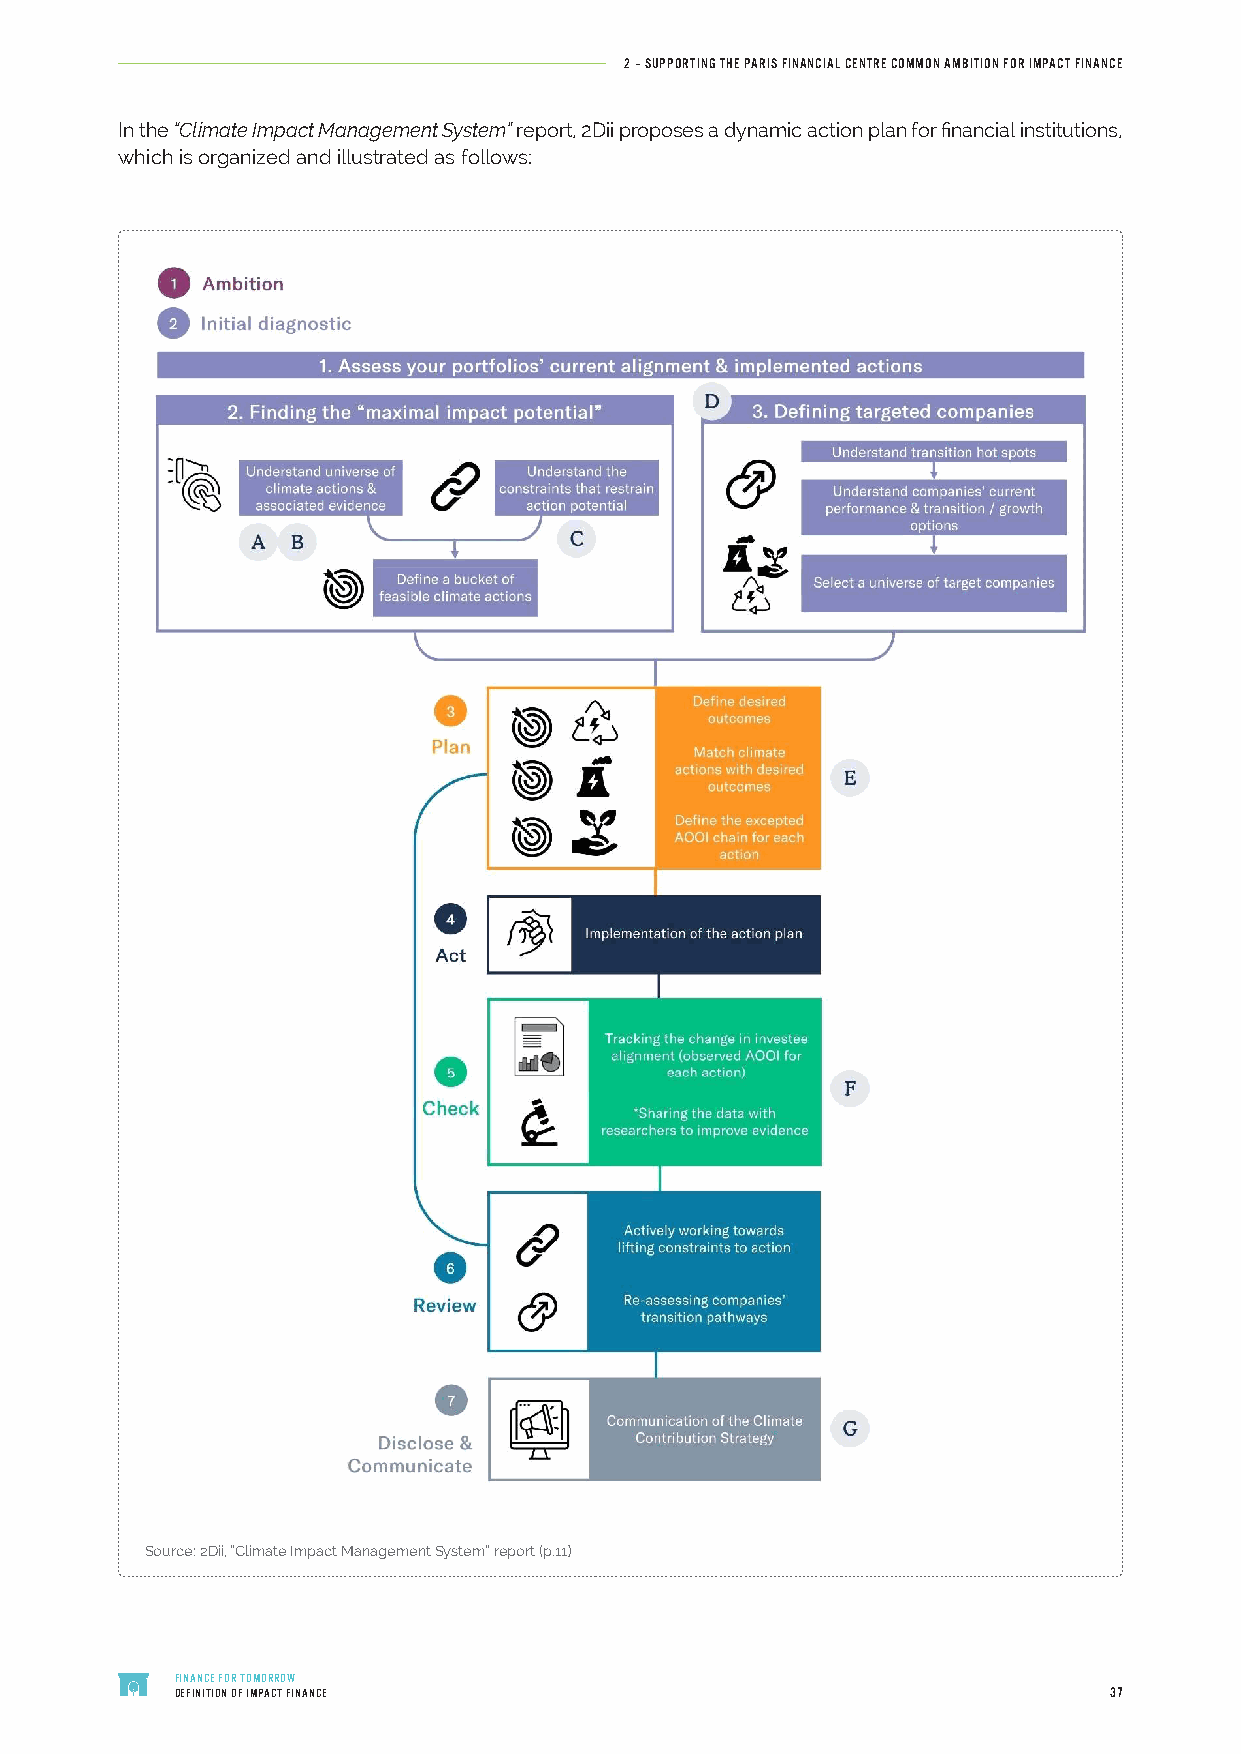
2 – SUPPORTING THE PARIS FINANCIAL CENTRE COMMON AMBITION FOR IMPACT FINANCE
 In the “Climate Impact Management System” report, 2Dii proposes a dynamic action plan for financial institutions,
 which is organized and illustrated as follows:
 Source: 2Dii, “Climate Impact Management System” report (p.11)
 FINANCE FOR TOMORROW
 DEFINITION OF IMPACT FINANCE                                 37